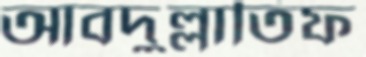
আবদুল্লাতিফ